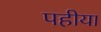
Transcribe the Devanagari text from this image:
पहीया